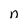
Character: n